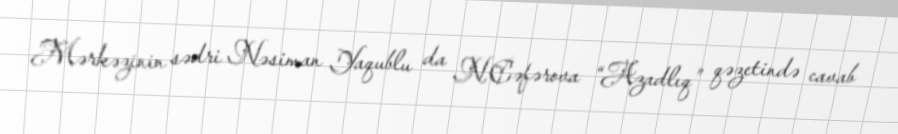
Mərkəzinin sədri Nəsiman Yaqublu da N.Cəfərova “Azadlıq” qəzetində cavab